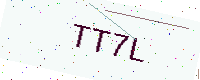
Text: TT7L